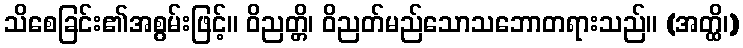
သိစေခြင်း၏အစွမ်းဖြင့်။ ဝိညတ္တိ၊ ဝိညတ်မည်သောသဘောတရားသည်။ (အတ္ထိ၊)